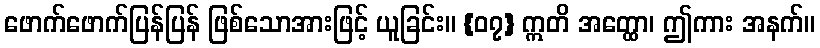
ဖောက်ဖောက်ပြန်ပြန် ဖြစ်သောအားဖြင့် ယူခြင်း။ {၀၇} ဣတိ အတ္ထော၊ ဤကား အနက်။